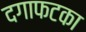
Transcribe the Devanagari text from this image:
दगाफटका